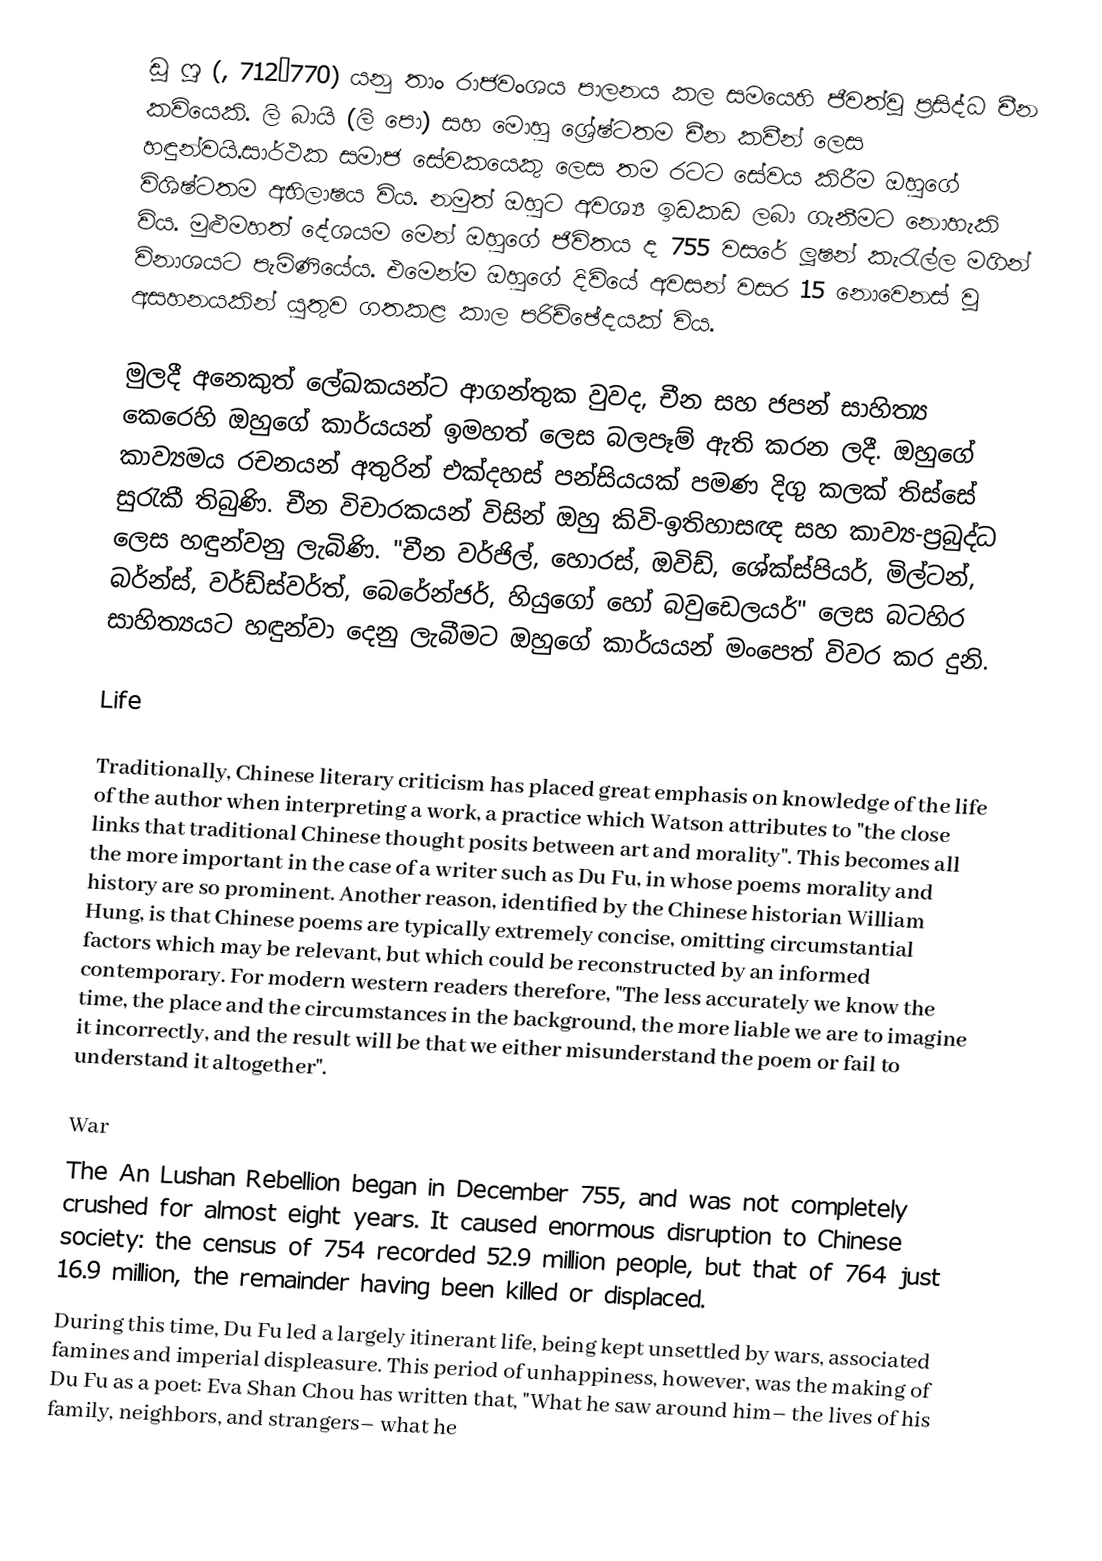
ඩූ ෆූ (, 712–770) යනු තාං රාජවංශය පාලනය කල සමයෙහි ජීවත්වූ ප්‍රසිද්ධ චීන කවියෙකි. ලි බායි (ලි පො) සහ මොහු ශ්‍රේෂ්ටතම චීන කවීන් ලෙස හඳුන්වයි.සාර්ථක සමාජ සේවකයෙකු ලෙස තම රටට සේවය කිරීම ඔහුගේ විශිෂ්ටතම අභිලාෂය විය. නමුත් ඔහුට අවශ්‍ය ඉඩකඩ ලබා ගැනීමට නොහැකි විය. මුළුමහත් දේශයම මෙන් ඔහුගේ ජිවිතය ද 755 වසරේ ලූෂන් කැරැල්ල මගින් විනාශයට පැමිණියේය. එමෙන්ම ඔහුගේ දිවියේ අවසන් වසර 15 නොවෙනස් වූ අසහනයකින් යුතුව ගතකළ කාල පරිච්ඡේදයක් විය.

මුලදී අනෙකුත් ලේඛකයන්ට ආගන්තුක වුවද, චීන සහ ජපන් සාහිත්‍ය කෙරෙහි ඔහුගේ කාර්යයන් ඉමහත් ලෙස බලපෑම් ඇති කරන ලදී. ඔහුගේ කාව්‍යමය රචනයන් අතුරින් එක්දහස් පන්සියයක් පමණ දිගු කලක් තිස්සේ සුරැකී තිබුණි. චීන විචාරකයන් විසින් ඔහු කිවි-ඉතිහාසඥ සහ කාව්‍ය-ප්‍රබුද්ධ ලෙස හඳුන්වනු ලැබිණි. "චීන වර්ජිල්, හොරස්, ඔවිඩ්, ශේක්ස්පියර්, මිල්ටන්, බර්න්ස්, වර්ඩ්ස්වර්ත්, බෙරේන්ජර්, හියුගෝ හෝ බවුඩෙලයර්" ලෙස බටහිර සාහිත්‍යයට හඳුන්වා දෙනු ලැබීමට ඔහුගේ කාර්යයන් මංපෙත් විවර කර දුනි.

Life

Traditionally, Chinese literary criticism has placed great emphasis on knowledge of the life of the author when interpreting a work, a practice which Watson attributes to "the close links that traditional Chinese thought posits between art and morality". This becomes all the more important in the case of a writer such as Du Fu, in whose poems morality and history are so prominent. Another reason, identified by the Chinese historian William Hung, is that Chinese poems are typically extremely concise, omitting circumstantial factors which may be relevant, but which could be reconstructed by an informed contemporary. For modern western readers therefore, "The less accurately we know the time, the place and the circumstances in the background, the more liable we are to imagine it incorrectly, and the result will be that we either misunderstand the poem or fail to understand it altogether".

War
The An Lushan Rebellion began in December 755, and was not completely crushed for almost eight years. It caused enormous disruption to Chinese society: the census of 754 recorded 52.9 million people, but that of 764 just 16.9 million, the remainder having been killed or displaced.
During this time, Du Fu led a largely itinerant life, being kept unsettled by wars, associated famines and imperial displeasure. This period of unhappiness, however, was the making of Du Fu as a poet: Eva Shan Chou has written that, "What he saw around him– the lives of his family, neighbors, and strangers– what he